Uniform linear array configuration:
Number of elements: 4
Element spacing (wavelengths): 1
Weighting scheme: kaiser
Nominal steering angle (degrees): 60
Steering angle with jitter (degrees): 60.892
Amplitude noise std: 0.05
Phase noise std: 0.05

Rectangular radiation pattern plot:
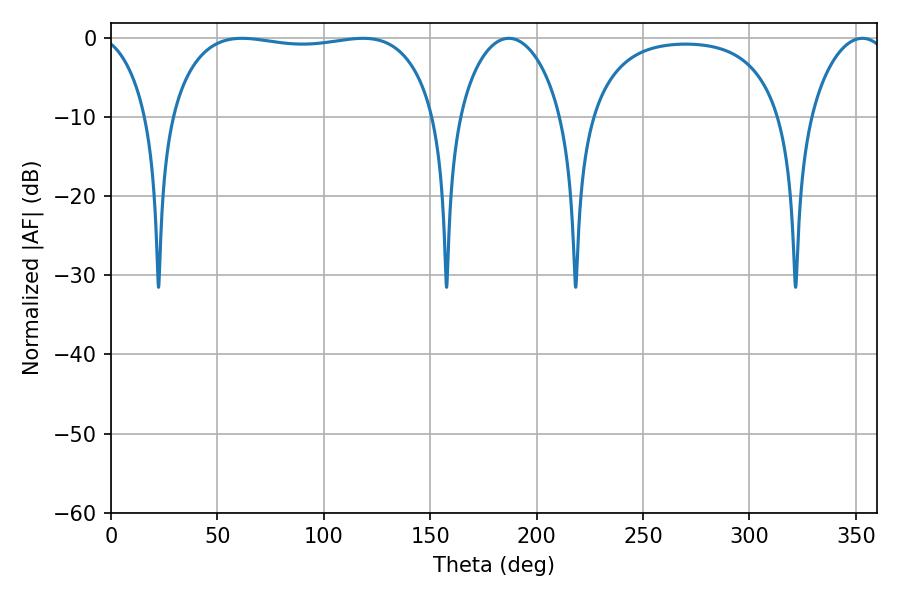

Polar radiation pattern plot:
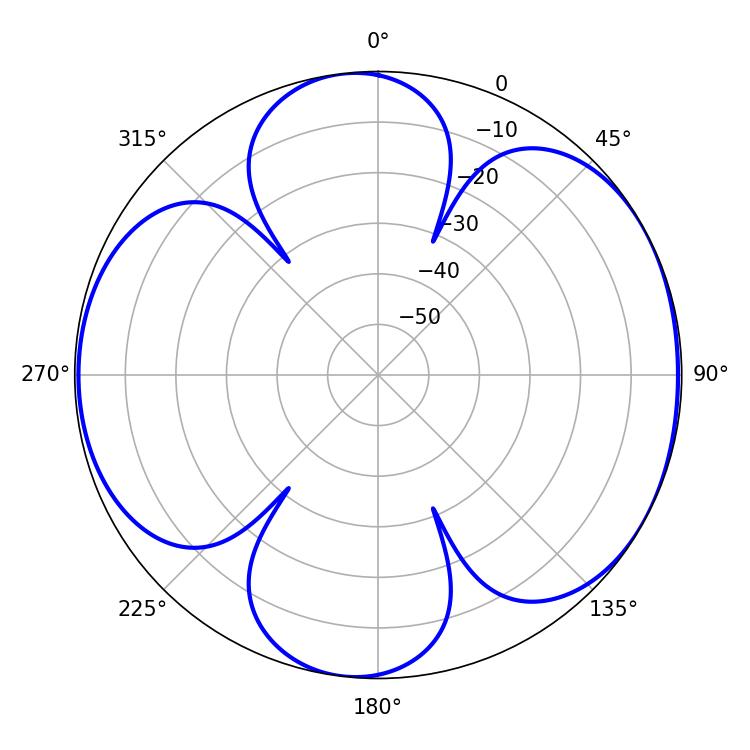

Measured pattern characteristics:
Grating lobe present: TRUE
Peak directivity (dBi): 6.23
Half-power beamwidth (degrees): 100.08
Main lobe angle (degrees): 61.56